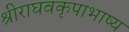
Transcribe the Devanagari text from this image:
श्रीराघवकृपाभाष्य